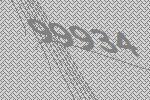
99934